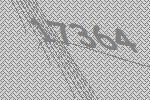
17364